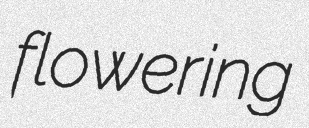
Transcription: flowering